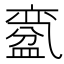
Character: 𱲗